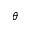
\theta